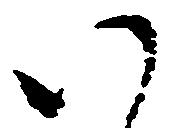
い